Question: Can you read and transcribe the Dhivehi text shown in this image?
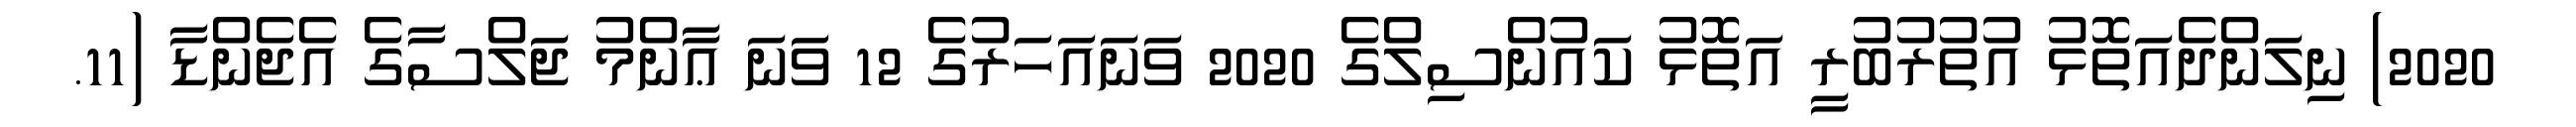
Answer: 2020) ނިލަންދެއަތޮޅު އުތުރުބުރީ އަތޮޅު ކައުންސިލްގެ 2020 ވަނައަހަރުގެ 12 ވަނަ ޢާންމު ޖަލްސާގެ އެޖެންޑާ (11.